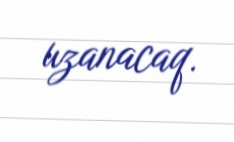
uzanacaq.